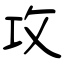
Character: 攻